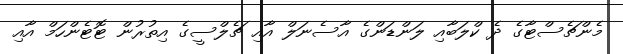
މެންޗެސްޓާގެ ދެ ކްލަބާއި ލަންޑަންގެ އާސެނަލް އާއި ޗެލްސީގެ އިތުރުން ޓޮޓެންހަމް އާއި